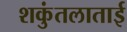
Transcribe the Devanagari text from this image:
शकुंतलाताई